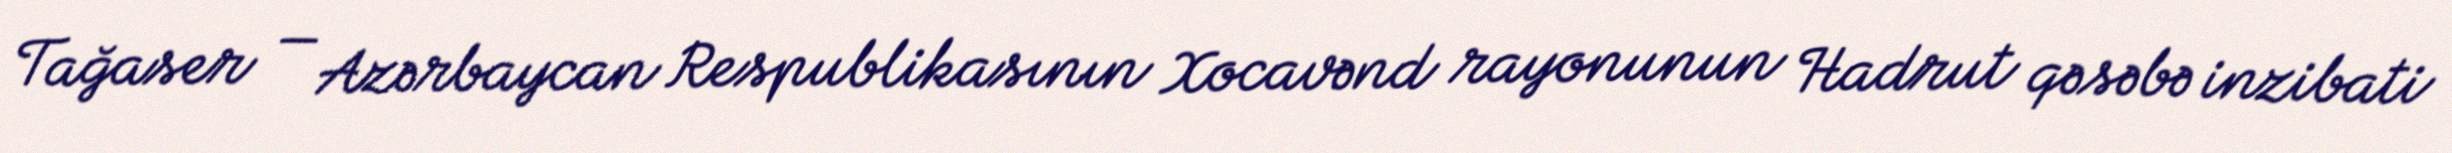
Tağaser — Azərbaycan Respublikasının Xocavənd rayonunun Hadrut qəsəbə inzibati